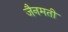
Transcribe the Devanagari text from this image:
जैनमती